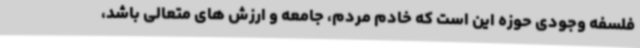
فلسفه وجودی حوزه این است که خادم مردم، جامعه و ارزش های متعالی باشد،